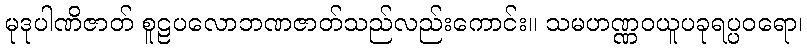
မုဒုပါဏိဇာတ် စူဠပလောဘဏဇာတ်သည်လည်းကောင်း။ သမဟဏ္ဏဝယူပခုရပ္ပဝရော၊